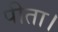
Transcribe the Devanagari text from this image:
पीता।